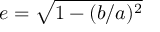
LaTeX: e = { \sqrt { 1 - ( b / a ) ^ { 2 } } }